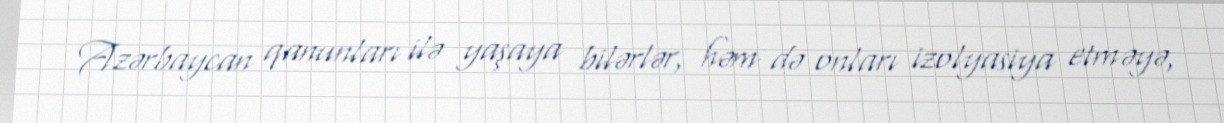
Azərbaycan qanunları ilə yaşaya bilərlər, həm də onları izolyasiya etməyə,